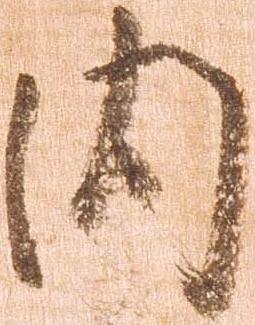
内